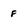
Character: f